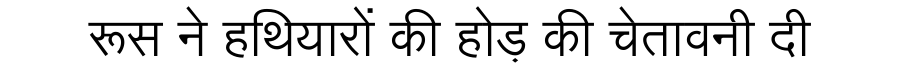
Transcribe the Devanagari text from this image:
रूस ने हथियारों की होड़ की चेतावनी दी